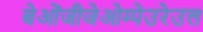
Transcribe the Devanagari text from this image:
बेओंजीजेओम्पेउरेउल